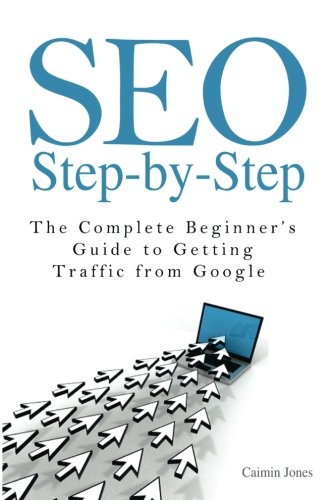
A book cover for SEO Step-by-Step - The Complete Beginner's Guide to Getting Traffic from Google; Caimin Jones; Computers & Technology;